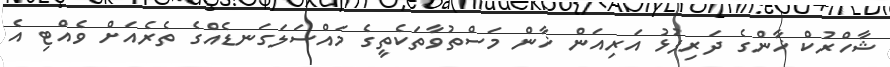
ޝާހްރުކް ޚާންގެ ދަރިފުޅު އަރިއަން ޚާން މަސްތުވާތަކެތީގެ މައްސަލަގަނޑެއްގެ ތެރެއަށް ވެއްޓި އެ